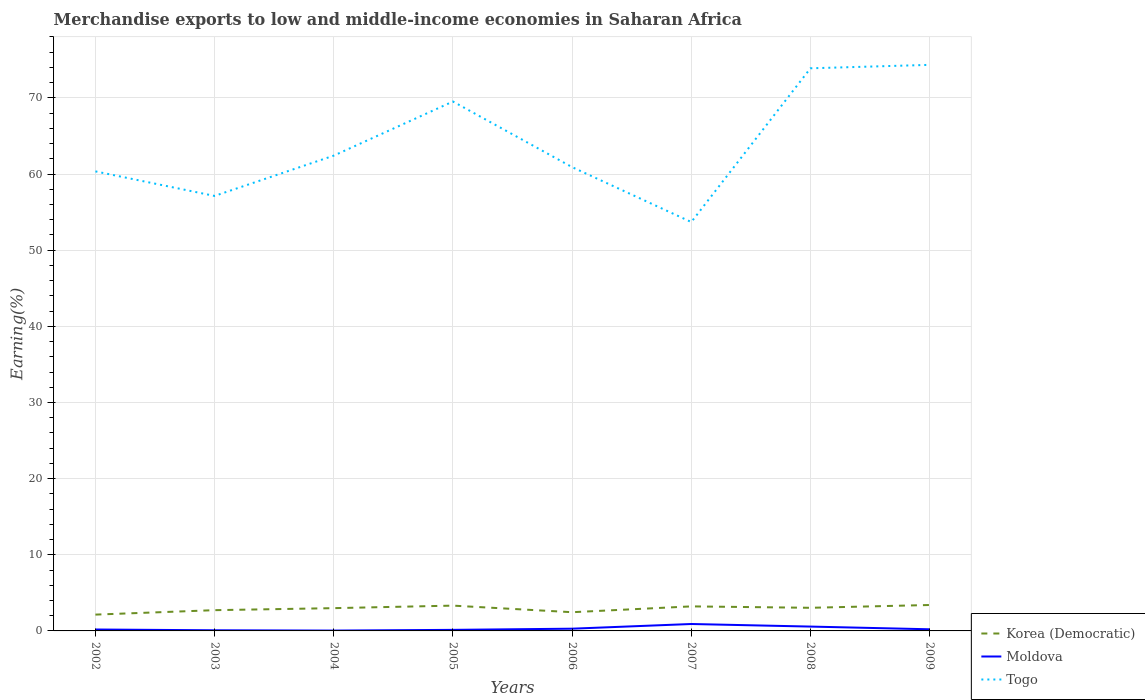
| Years | Korea (Democratic) | Moldova | Togo |
 | --- | --- | --- | --- |
 | 2002 | 2.14 | 0.186 | 60.4 |
 | 2003 | 2.73 | 0.0843 | 57.1 |
 | 2004 | 2.99 | 0.0461 | 62.4 |
 | 2005 | 3.32 | 0.139 | 69.5 |
 | 2006 | 2.46 | 0.293 | 60.9 |
 | 2007 | 3.22 | 0.909 | 53.7 |
 | 2008 | 3.04 | 0.57 | 73.9 |
 | 2009 | 3.4 | 0.214 | 74.3 |